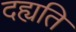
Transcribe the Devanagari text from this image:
दह्यति